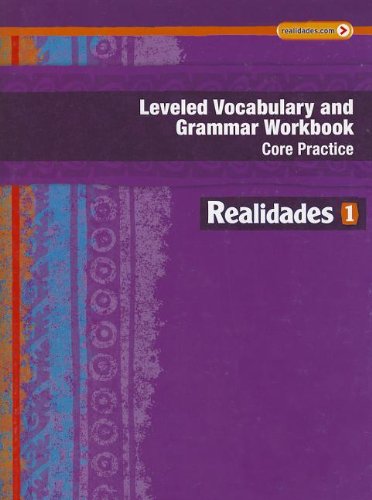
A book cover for REALIDADES 2014 LEVELED VOCABULARY AND GRAMMAR WORKBOOK LEVEL 1 (Realidades: Level 1); PRENTICE HALL; Reference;